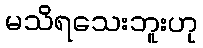
မသိရသေးဘူးဟု